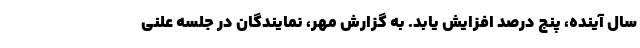
سال آینده، پنج درصد افزایش یابد. به گزارش مهر، نمایندگان در جلسه علنی